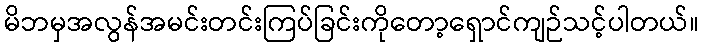
မိဘမှအလွန်အမင်းတင်းကြပ်ခြင်းကိုတော့ရှောင်ကျဉ်သင့်ပါတယ်။